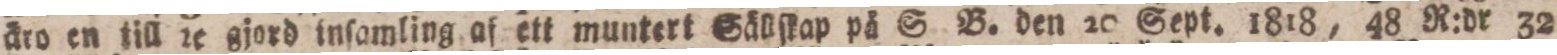
äro en till rc gjord inſamling af ett muntert Sällſkap på S. B. den 20 Sept. 1818, 48 R:dr 32